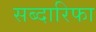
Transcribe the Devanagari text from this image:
सब्दारिफा